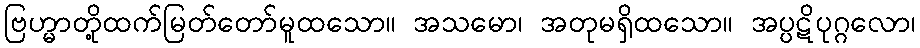
ဗြဟ္မာတို့ထက်မြတ်တော်မူထသော။ အသမော၊ အတုမရှိထသော။ အပ္ပဋိပုဂ္ဂလော၊